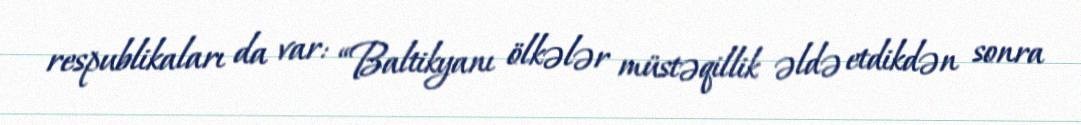
respublikaları da var: “Baltikyanı ölkələr müstəqillik əldə etdikdən sonra